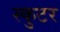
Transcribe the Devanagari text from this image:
स्कुटर